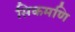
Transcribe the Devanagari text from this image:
सिकमणि